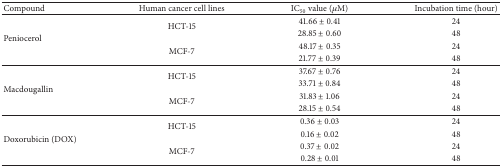
| Compound | Human cancer cell lines | IC50 value (μM) | Incubation time (hour) |
 | --- | --- | --- | --- |
 | <ROWSPAN=4> Peniocerol | <ROWSPAN=2> HCT-15 | 41.66 ± 0.41 | 24 |
 | 28.85 ± 0.60 | 48 |
 | <ROWSPAN=2> MCF-7 | 48.17 ± 0.35 | 24 |
 | 21.77 ± 0.39 | 48 |
 | <ROWSPAN=4> Macdougallin | <ROWSPAN=2> HCT-15 | 37.67 ± 0.76 | 24 |
 | 33.71 ± 0.84 | 48 |
 | <ROWSPAN=2> MCF-7 | 31.83 ± 1.06 | 24 |
 | 28.15 ± 0.54 | 48 |
 | <ROWSPAN=4> Doxorubicin (DOX) | <ROWSPAN=2> HCT-15 | 0.36 ± 0.03 | 24 |
 | 0.16 ± 0.02 | 48 |
 | <ROWSPAN=2> MCF-7 | 0.37 ± 0.02 | 24 |
 | 0.28 ± 0.01 | 48 |